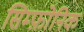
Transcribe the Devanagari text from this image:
सिम्फ़ोनिक